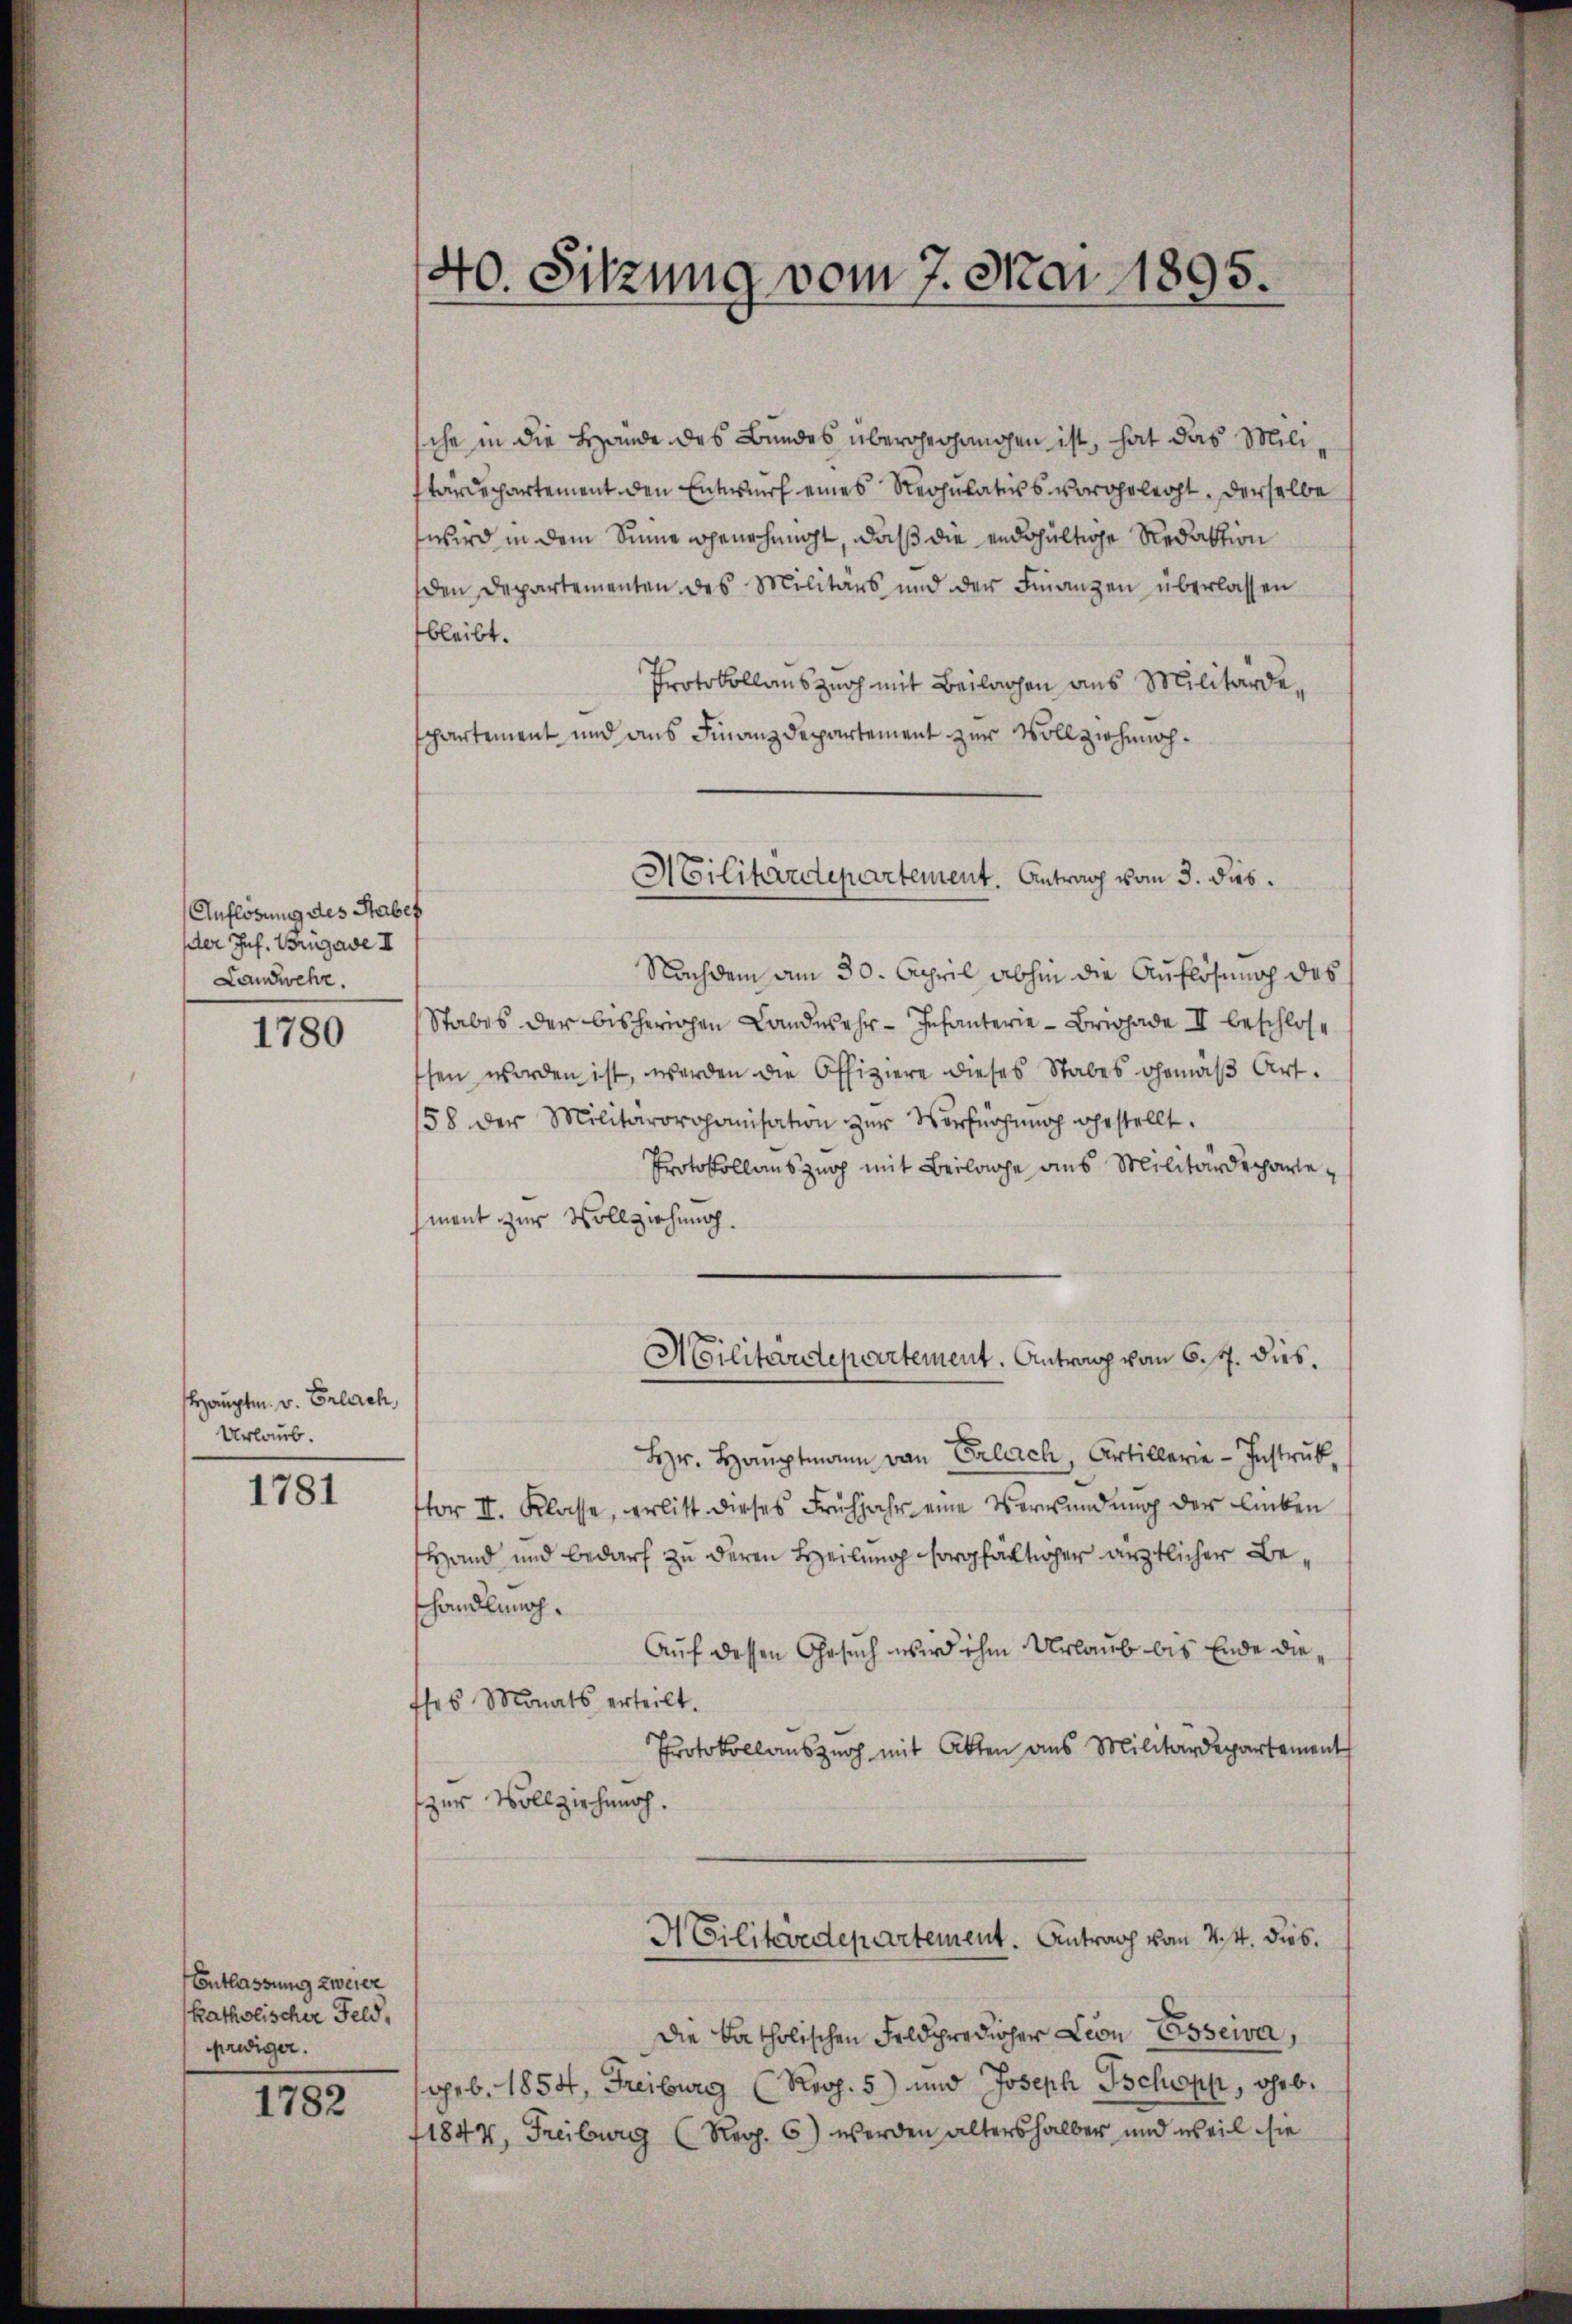
Auflösung des Stabef
der Inf. Brugave II
Landwehr.

1780

Hauptm. v. Erlach,
Urlaub.

1781

Entlassung zweier
katholischer Feld,
prediger.

1782

40. Sitzung vom 7. Mai 1895.

sche in die Hände des Bundes übergegangen ist, hat das Militärdepartement den Entwurf eines Regulaters vorgelegt. Derselbe
wird in dem Sinne genehmigt, daß die endgültige Redaktion
den Departementen des Militärs und der Finanzen überlassen
bleibt.
Protokollauszug mit Beilagen aus Militärdespartement und aus Finanzdepartement zur Vollziehung¬
Nachdem am 30. April abhin die Auflösung des
Stabes der bisherigen Landwehr-Infanterie-Brigade II beschlose
sen worden ist, werden die Offiziere dieses Stabes gemäβ Art.
158 der Militärorganisation zŭr Verfügŭng gestellt.
Protokollauszug mit Beilage aus Militärdepartement zur Vollziehung.
Militärdepartement. Antrag vom 6. 7. dies.
Hr. Hauptmann von Erlach, Artillerie-Instrukor III. Klasse, erlitt dieses Frühjahr eine Verwendung der Lieben
Hand und bedarf zu deren Heilung sorgfältiger ärztlicher Behandlung.
Auf dessen Gesuch wird ihm Urlaub bis Ende die,
sses Monats erteilt.
Protokollauszurh mit Akten aus Militärdepartement
zur Vollziehung.

Militärdepartement. Antrag vom 3. dis.

Die katholischen Feldpredicher Leon Esseiva,
geb. 1854, Freiburg (Roop. 5) und Joseph Tschopp, Ghrb.
11844, Freiburg (Reg. 6) werden altershalber und weil sie

ACilitärdepartement. Antrag vom 4t. Dieb.